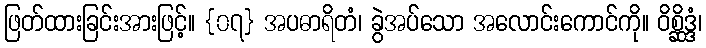
ဖြတ်ထားခြင်းအားဖြင့်။ {၀၇} အပဓာရိတံ၊ ခွဲအပ်သော အလောင်းကောင်ကို။ ဝိစ္ဆိဒ္ဒံ၊